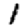
Digit: 1